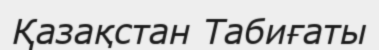
Қазақстан Табиғаты